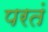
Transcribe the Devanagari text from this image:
परतं